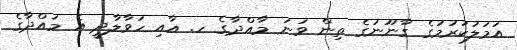
އަމަލުކުރުމުގެ ގާނޫނުގެ ތިން ވަނަ މާއްދާގެ ހ. އާއި ހަވާލާދީ އެ މައްދާގެ